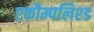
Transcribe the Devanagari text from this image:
एकौम्पलिश्ड